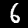
Label: 6